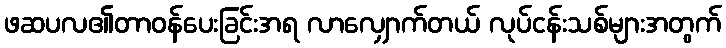
ဖဆပလ၏တာဝန်ပေးခြင်းအရ လာလျှောက်တယ် လုပ်ငန်းသစ်များအတွက်